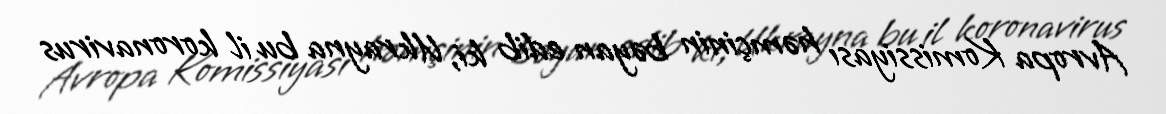
Avropa Komissiyası həmçinin bəyan edib ki, Ukrayna bu il koronavirus